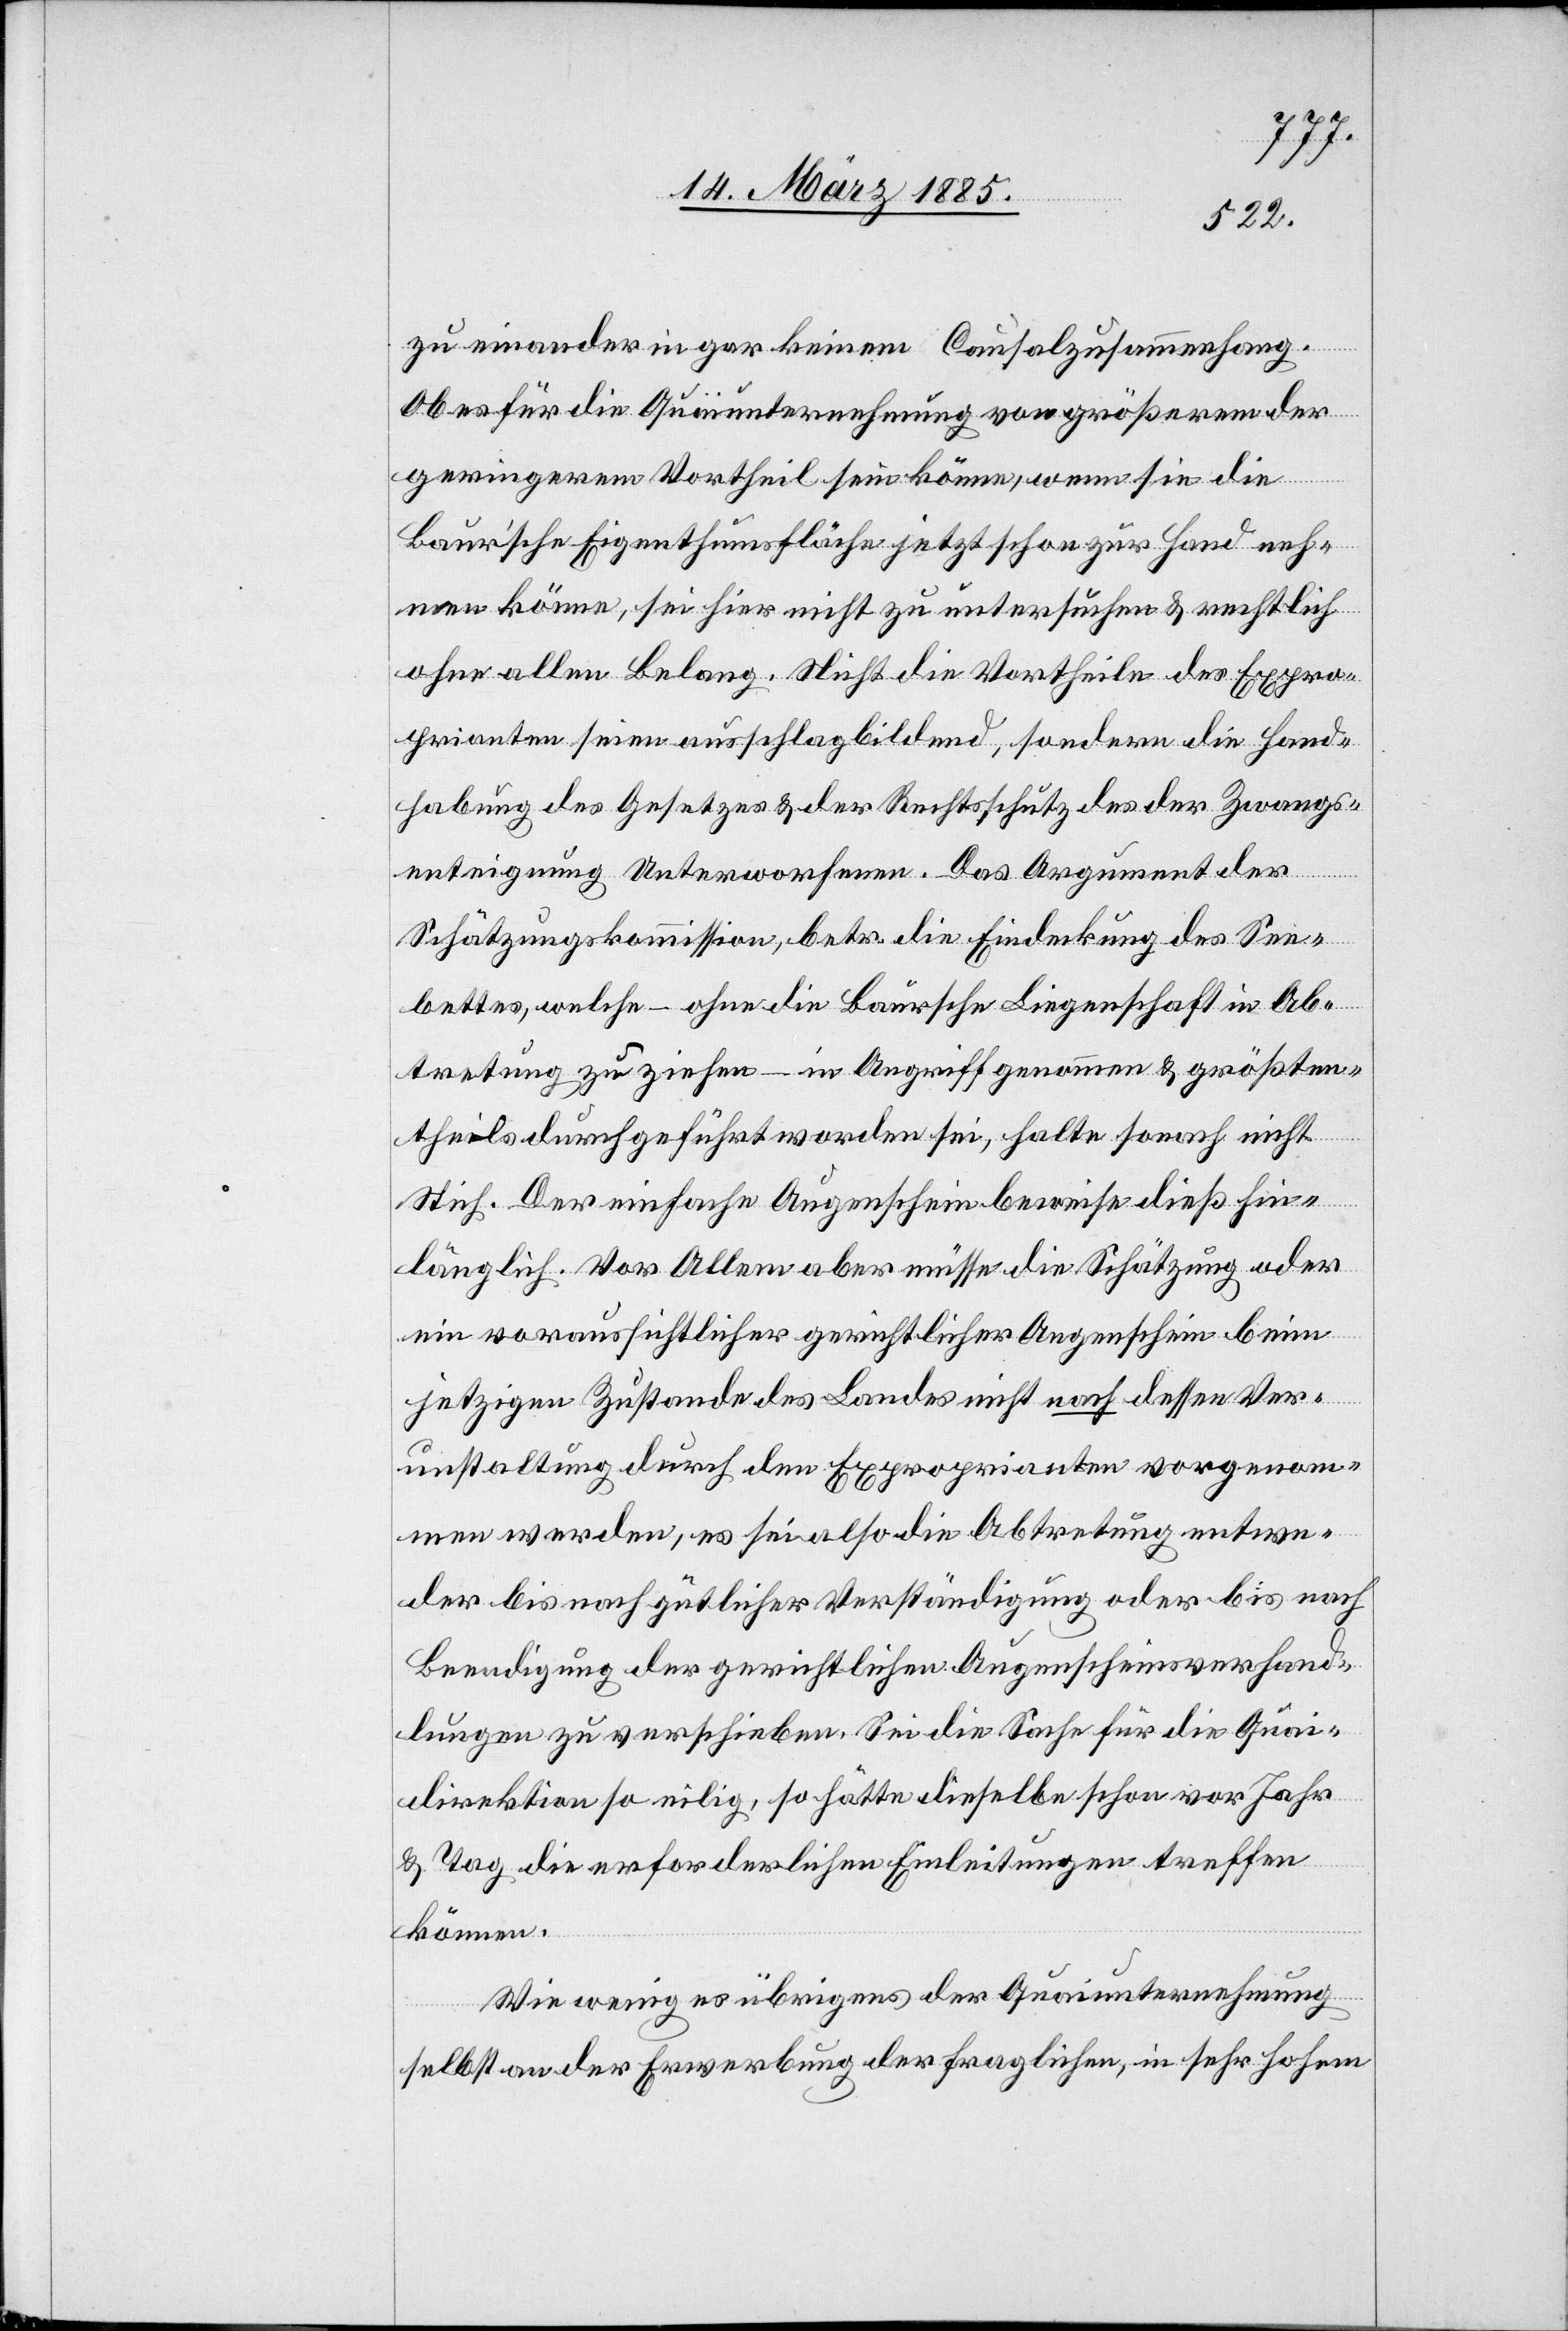
zu einander in gar keinem Causalzusammenhang.
Ob es für die Quaiunternehmung von größerem [o]der
geringerem Vortheil sein könne, wenn sie die
Baur’sche Eigenthumsfläche jetzt schon zur Hand neh¬
men könne, sei hier nicht zu untersuchen & rechtlich
ohne allen Belang. Nicht die Vortheile des Expro¬
prianten seien ausschlagbildend, sondern die Hand¬
habung des Gesetzes & der Rechtsschutz des der Zwangs¬
enteignung Unterworfenen. Das Argument der
Schätzungskommission, betr. die Eindeckung des See¬
bettes, welche – ohne die Baursche Liegenschaft in Ab¬
tretung zu ziehen – in Angriff genommen & größten¬
theils durchgeführt worden sei, halte sonach nicht
Stich. Der einfache Augenschein beweise dieß hin¬
länglich. Vor Allem aber müsse die Schätzung oder
ein voraussichtlicher gerichtlicher Augenschein beim
jetzigen Zustande des Landes nicht nach dessen Ver¬
unstaltung durch den Exproprianten vorgenom¬
men werden, es sei also die Abtretung entwe¬
der bis nach gütlicher Verständigung oder bis nach
Beendigung der gerichtlichen Augenscheinsverhand¬
lungen zu verschieben. Sei die Sache für die Quai¬
direktion so eilig, so hätte dieselbe schon vor Jahr
& Tag die erforderlichen Einleitungen treffen
können.
Wie wenig es übrigens der Quaiunternehmung
selbst an der Erwerbung der fraglichen, in sehr hohem